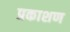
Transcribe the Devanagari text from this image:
प्रकाशण